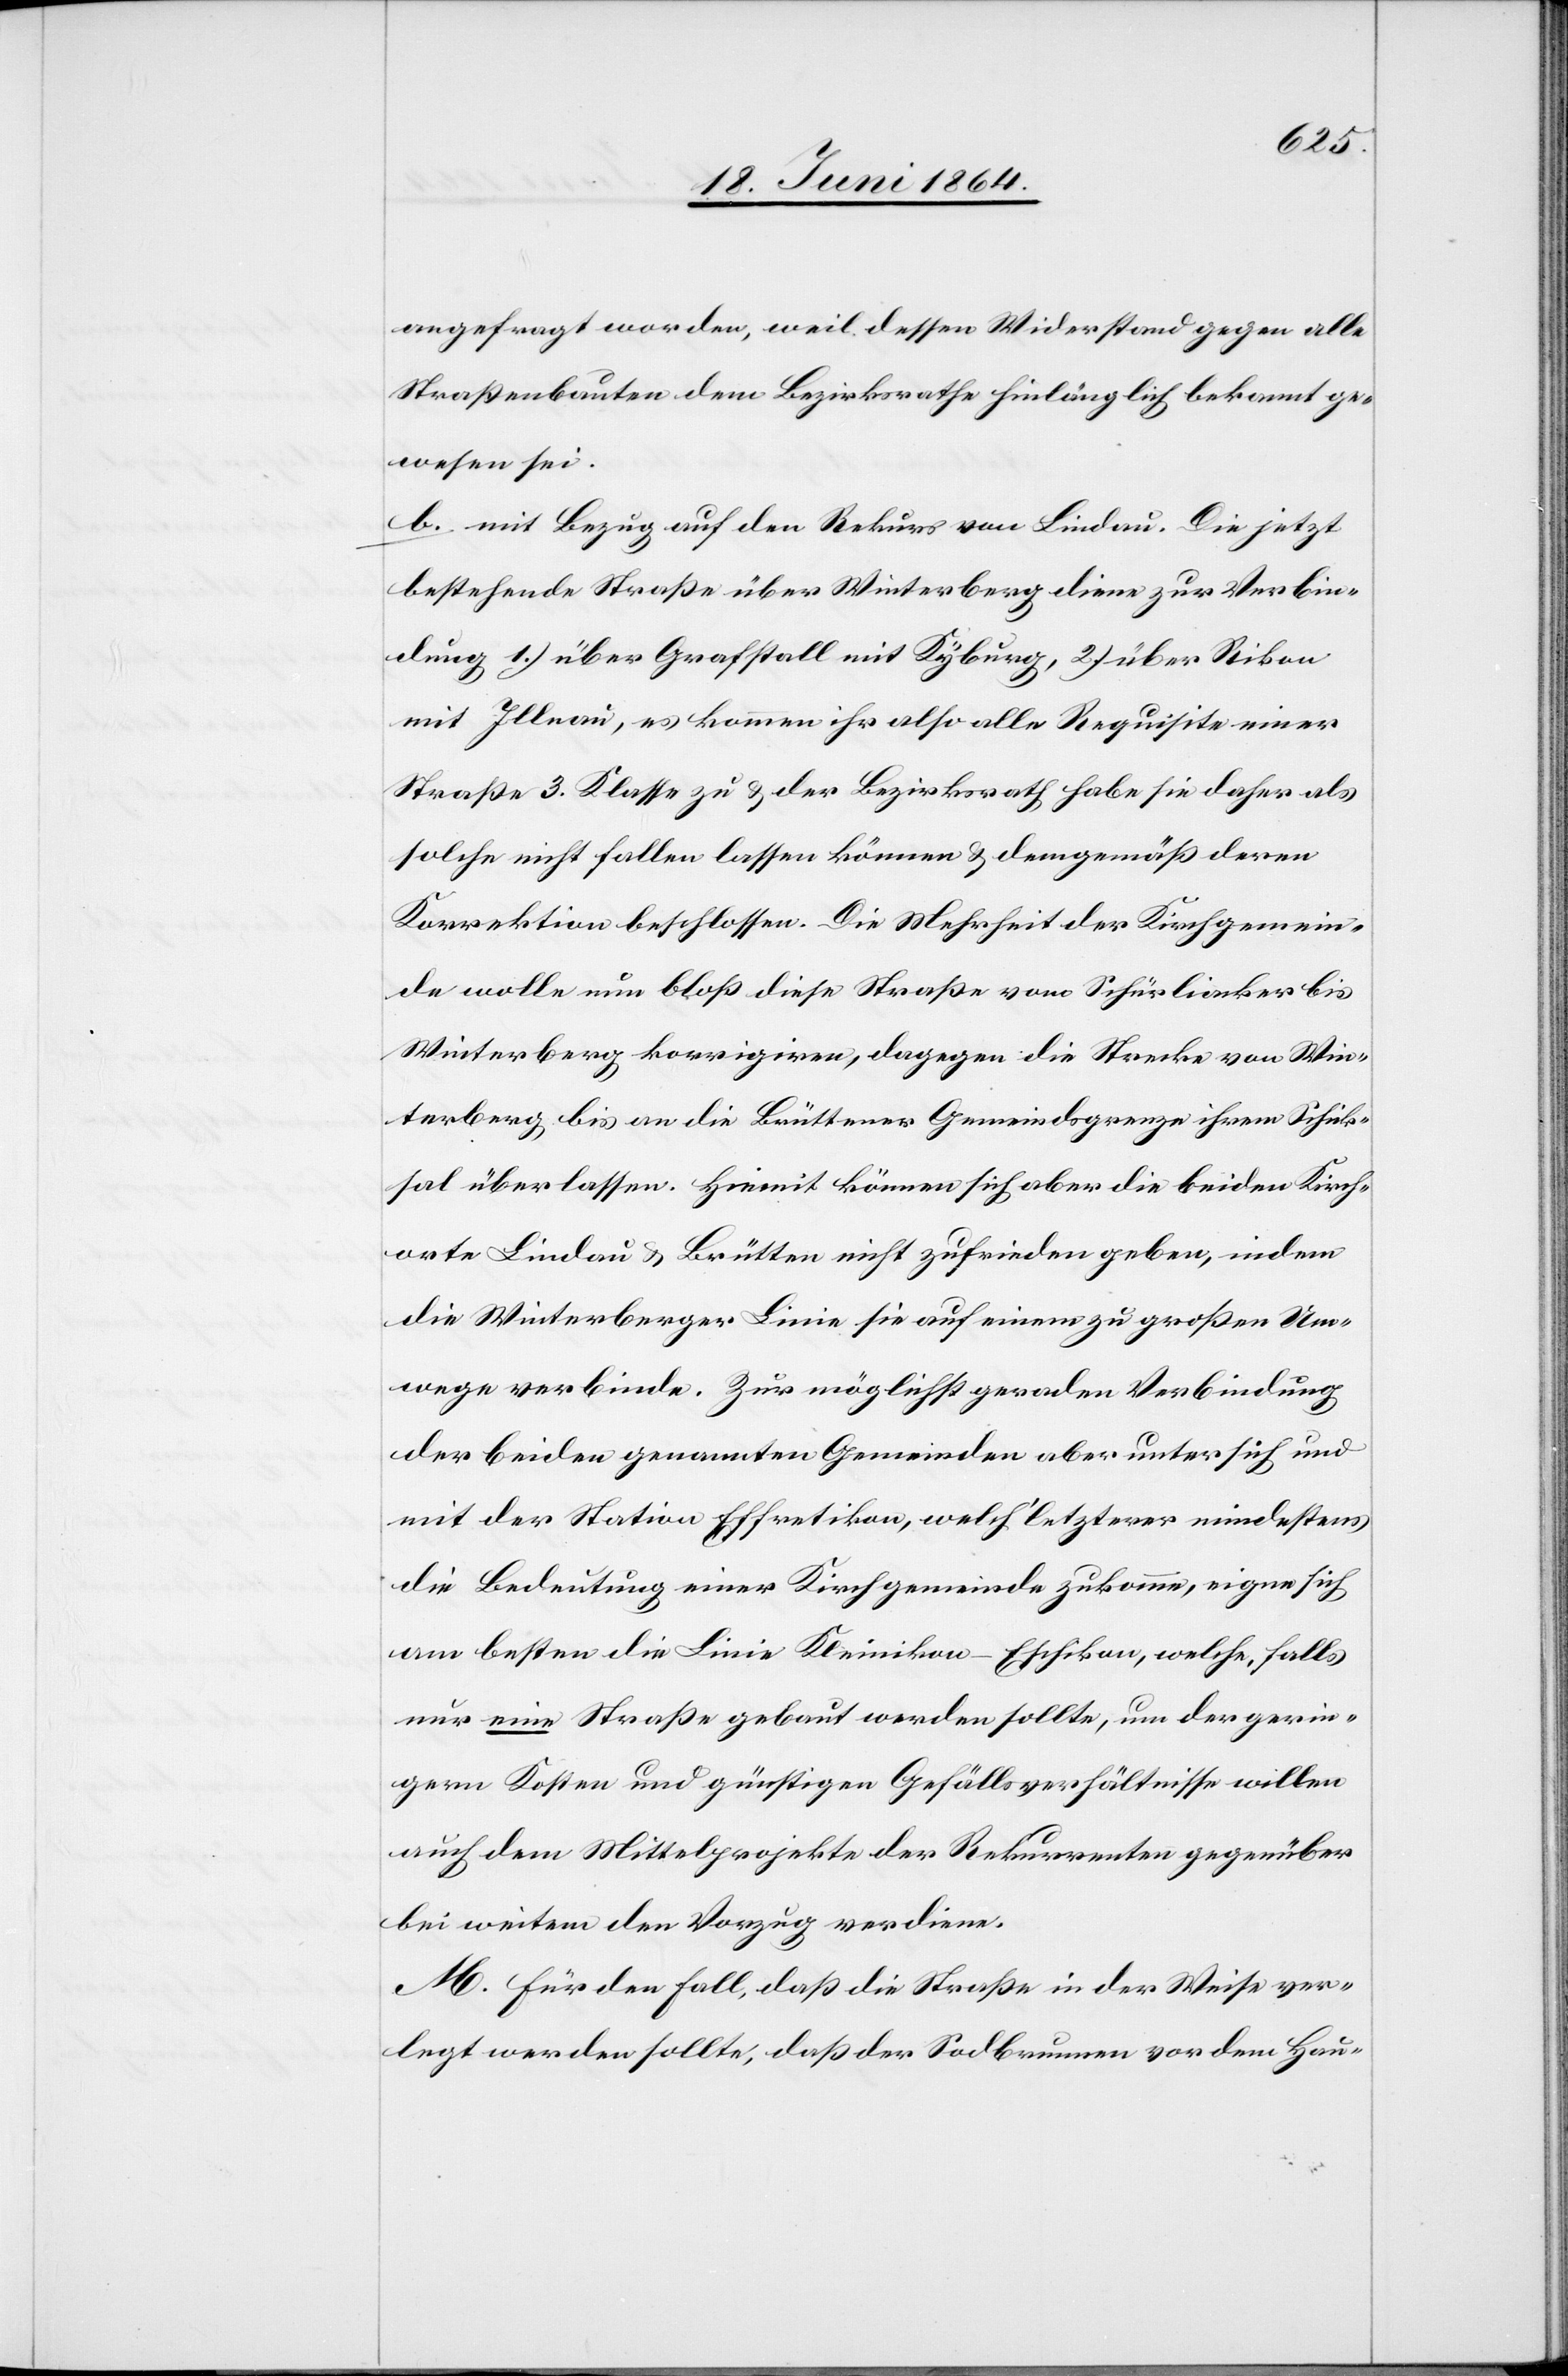
angefragt worden, weil dessen Widerstand gegen alle
Straßenbauten dem Bezirksrathe hinlänglich bekannt ge¬
wesen sei.
b. mit Bezug auf den Rekurs von Lindau. Die jetzt
bestehende Straße über Winterberg diene zur Verbin¬
dung 1.) über Graftstall mit Kyburg, 2.) über Rikon
mit Illnau, es kommen ihr also alle Requisite einer
Straße 3. Klasse zu u. der Bezirksrath habe sie daher als
solche nicht fallen lassen können u. demgemäß deren
Korrektion beschlossen. Die Mehrheit der Kirchgemein¬
de wolle nun bloß diese Straße vom Schürliacker bis
Winterberg korrigieren, dagegen die Strecke von Win¬
terberg bis an die Brüttener Gemeindsgrenze ihrem Schick¬
sal überlassen. Hiemit können sich aber die beiden Kirch¬
orte Lindau u. Brütten nicht zufrieden geben, indem
die Winterberger Linie sie auf einem zu großen Um¬
wege verbinde. Zur möglichst geraden Verbindung
der beiden genannten Gemeinden aber unter sich und
mit der Station Effrektion, welch’ letzterer mindestens
die Bedeutung einer Kirchgemeinde zukomme, eigne sich
am besten die Linie Kleinikon–Eschikon, welche, falls
nur eine Straße gebaut werden sollte, um der gerin¬
gern Kosten und günstigen Gefällsverhältnisse willen
auch dem Mittelprojekte der Rekurrenten gegenüber
bei weitem den Vorzug verdiene.
M. Für den Fall, daß die Straße in der Weise ver¬
legt werden sollte, daß der Sodbrunnen vor dem Hau-